Indian Civil Veterinary Department memoirs
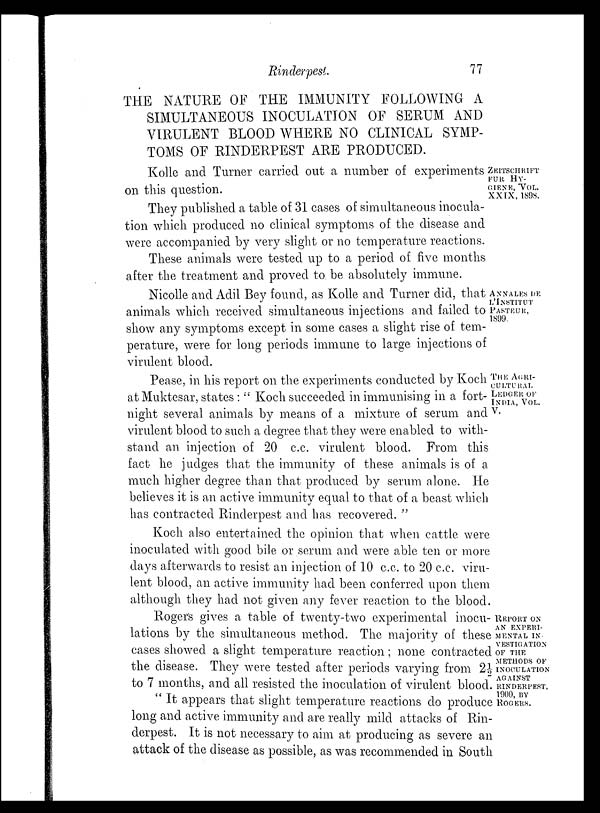
Rinderpest.
77
THE NATURE OF THE IMMUNITY FOLLOWING A
SIMULTANEOUS INOCULATION OF SERUM AND
VIRULENT BLOOD WHERE NO CLINICAL SYMP-
TOMS OF RINDERPEST ARE PRODUCED
ZEITSCHRIFT
FUR HY-
-----, VOL.
XXIX, 1898.
Kolle and Turner carried out a number of experiments
on this question.
They published a table of 31 cases of simultaneous inocula-
tion which produced no clinical symptoms of the disease and
were accompanied by very slight or no temperature reactions.
These animals were tested up to a period of five months
after the treatment and proved to be absolutely immune.
ANNALES DE
L'INSTITUTE
PASTEUR,
1899.
Nicolle and Adil Bey found, as Kolle and Turner did, that
animals which received simultaneous injections and failed to
show any symptoms except in some cases a slight rise of tem-
perature, were for long periods immune to large injections of
virulent blood.
THE AGRI¬
CULTURAL
LEDGER OF
INDIA, VOL.
V.
Pease, in his report on the experiments conducted by Koch
at Muktesar, states: " Koch succeeded in immunising in a fort-
night several animals by means of a mixture of serum and
virulent blood to such a degree that they were enabled to with-
stand an injection of 20 c.c. virulent blood. From this
fact he judges that the immunity of these animals is of a
much higher degree than that produced by serum alone. He
believes it is an active immunity equal to that of a beast which
has contracted Rinderpest and has recovered. "
Koch also entertained the opinion that when cattle were
inoculated with good bile or serum and were able ten or more
days afterwards to resist an injection of 10 c.c. to 20 c.c. viru-
lent blood, an active immunity had been conferred upon them
although they had not given any fever reaction to the blood.
REPORT ON
AN EXPERI-
------
IN-
-----------
OF THE
METHODS OF
INOCULATION
AGAINST
RINDERPEST,
1900, BY
ROGERS.
Rogers gives a table of twenty-two experimental inocu-
lations by the simultaneous method. The majority of these
cases showed a slight temperature reaction; none contracted
the disease. They were tested after periods varying from 2½
to 7 months, and all resisted the inoculation of virulent blood.
" It appears that slight temperature reactions do produce
long and active immunity and are really mild attacks of Rin-
derpest. It is not necessary to aim at producing as severe an
attack of the disease as possible, as was recommended in South